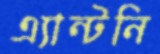
এ্যান্টনি